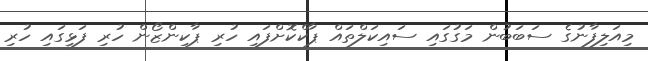
މިއަލިފާނުގެ ސަބަބުން މަގުގައި ސައިކަލްތައް ޕާކްކޮށްފައި ހުރި ޕާކިންޒޯން ހުރި ފަޅީގައި ހުރި